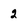
Character: 2